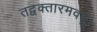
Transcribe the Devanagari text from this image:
तद्वक्तारमवतु।